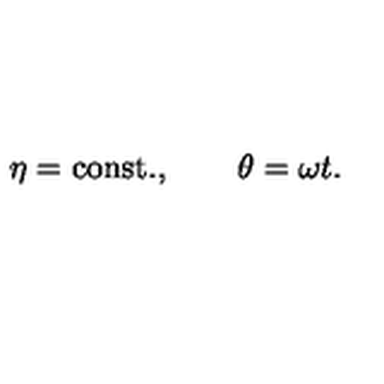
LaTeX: \eta = \mathrm { c o n s t . } , \qquad \theta = \omega t .